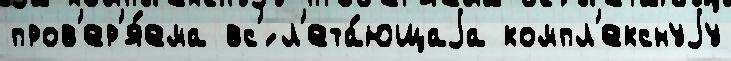
пров'ер'я́ема вс'́ л'ета́ющаjа компл'екснуjу